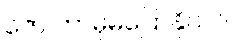
ဇော် ဘာမှမပြောနိုင်ပါ။